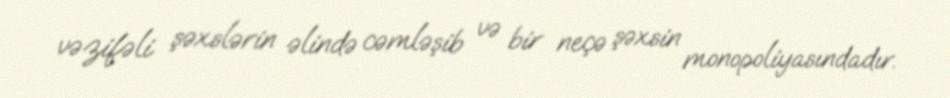
vəzifəli şəxslərin əlində cəmləşib və bir neçə şəxsin monopoliyasındadır.